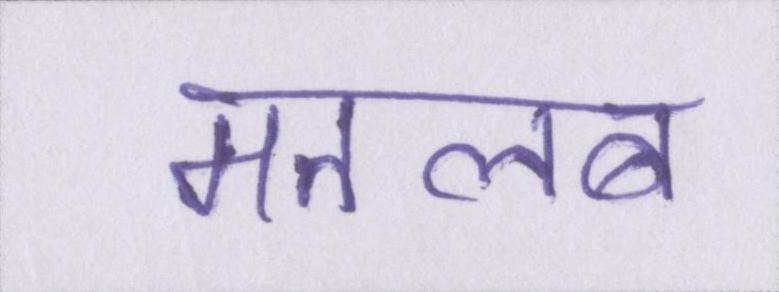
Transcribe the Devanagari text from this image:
मतलब